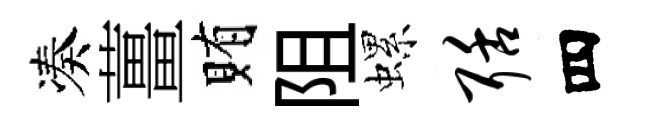
凑薑賄阻螺聒四